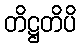
တိဋ္ဌတိပိ